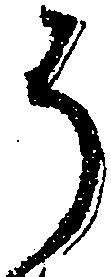
そ